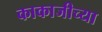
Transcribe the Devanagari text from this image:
काकाजीच्या